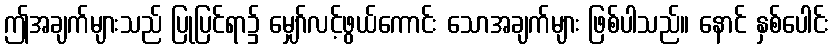
ဤအချက်များသည် ပြုပြင်ရာ၌ မျှော်လင့်ဖွယ်ကောင်း သောအချက်များ ဖြစ်ပါသည်။ နောင် နှစ်ပေါင်း